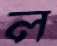
ল